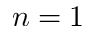
n = 1